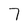
Character: 7